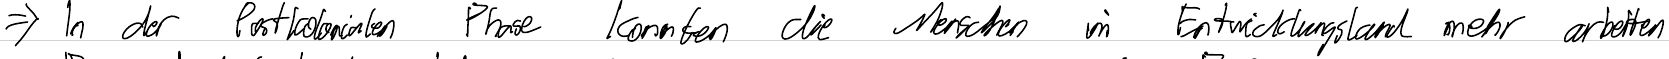
=> In der Postkolonialen Phase konnten die Menschen im Entwicklungsland mehr arbeiten